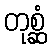
တုစ္ဆံ